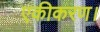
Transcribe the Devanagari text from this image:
एकीकरण।